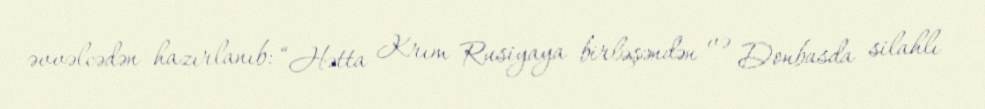
əvvəlcədən hazırlanıb: “Hətta Krım Rusiyaya birləşəndən və Donbasda silahlı